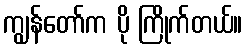
ကျွန်တော်က ပို ကြိုက်တယ်။